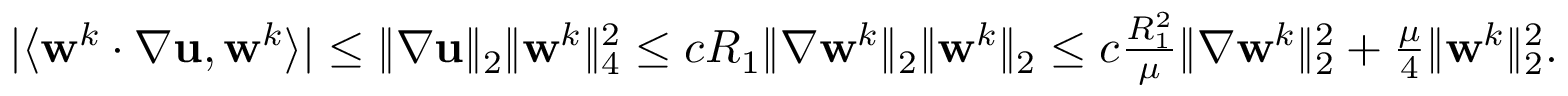
\begin{array} { r } { | \langle \mathbf { w } ^ { k } \cdotp \nabla \mathbf { u } , \mathbf { w } ^ { k } \rangle | \leq \| \nabla \mathbf { u } \| _ { 2 } \| \mathbf { w } ^ { k } \| _ { 4 } ^ { 2 } \leq c R _ { 1 } \| \nabla \mathbf { w } ^ { k } \| _ { 2 } \| \mathbf { w } ^ { k } \| _ { 2 } \leq c \frac { R _ { 1 } ^ { 2 } } { \mu } \| \nabla \mathbf { w } ^ { k } \| _ { 2 } ^ { 2 } + \frac { \mu } { 4 } \| \mathbf { w } ^ { k } \| _ { 2 } ^ { 2 } . } \end{array}